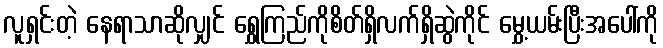
လူရှင်းတဲ့ နေရာသာဆိုလျှင် ရွှေကြည်ကိုစိတ်ရှိလက်ရှိဆွဲကိုင် မွှေ့ယမ်းပြီးအပေါ်ကို